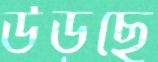
উড়ছে